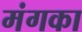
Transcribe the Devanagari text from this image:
मंगका